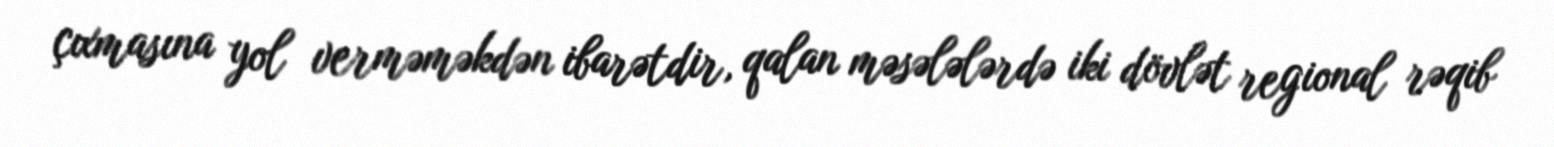
çıxmasına yol verməməkdən ibarətdir, qalan məsələlərdə iki dövlət regional rəqib